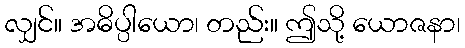
လျှင်။ အဓိပ္ပါယော၊ တည်း။ ဤသို့ ယောဇနာ၊